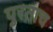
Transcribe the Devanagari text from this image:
पुरताच